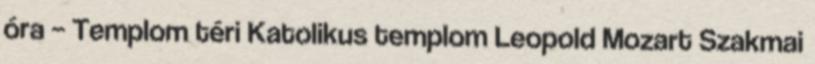
óra – Templom téri Katolikus templom Leopold Mozart Szakmai